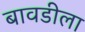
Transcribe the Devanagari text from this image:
बावडीला